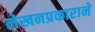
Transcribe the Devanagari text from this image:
लेखनप्रकाराने